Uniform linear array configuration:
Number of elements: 4
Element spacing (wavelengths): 0.75
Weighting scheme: binomial
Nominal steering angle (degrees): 30
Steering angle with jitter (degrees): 30.465
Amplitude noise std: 0.05
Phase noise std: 0.05

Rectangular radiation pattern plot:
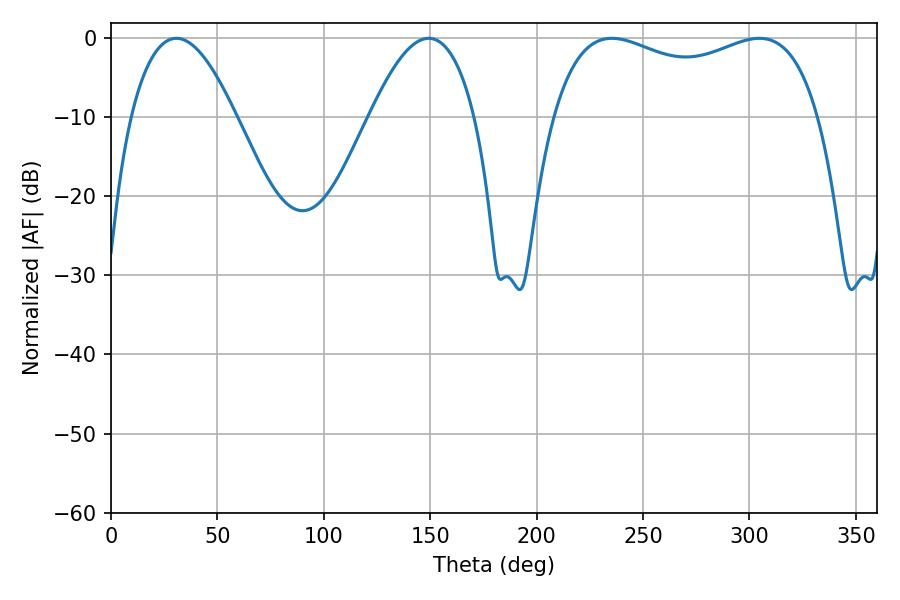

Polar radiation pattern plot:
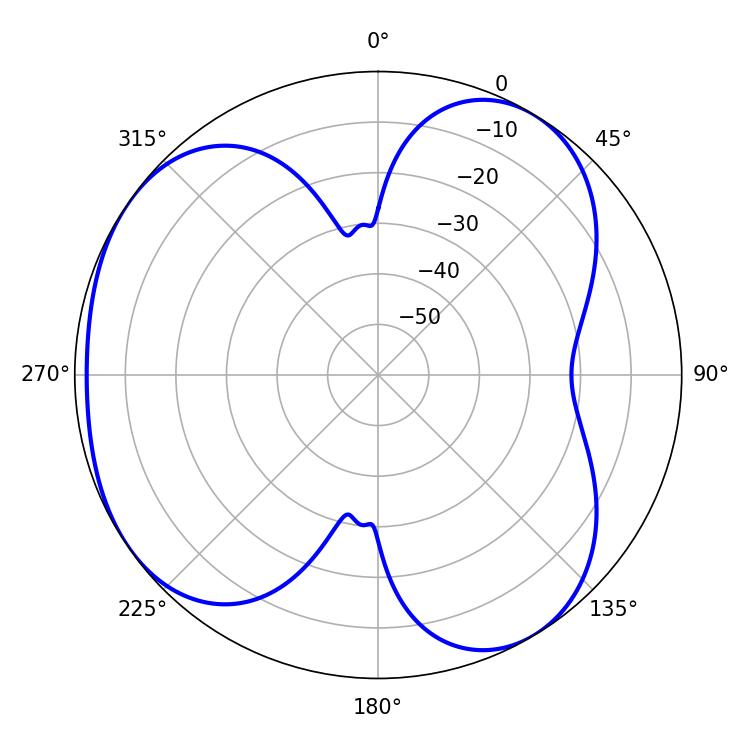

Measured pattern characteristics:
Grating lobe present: TRUE
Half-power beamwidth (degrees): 102.96
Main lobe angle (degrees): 235.26